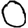
Digit: 0